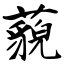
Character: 藐